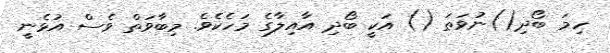
ހިމަ ބޯދި()ނުވަތަ () އަކީ ބޯދި އާއިލާގެ މަހެކެވެ. މިބާވަތް ވެސް އުޅެނީ